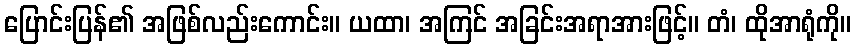
ပြောင်းပြန်၏ အဖြစ်လည်းကောင်း။ ယထာ၊ အကြင် အခြင်းအရာအားဖြင့်။ တံ၊ ထိုအာရုံကို။